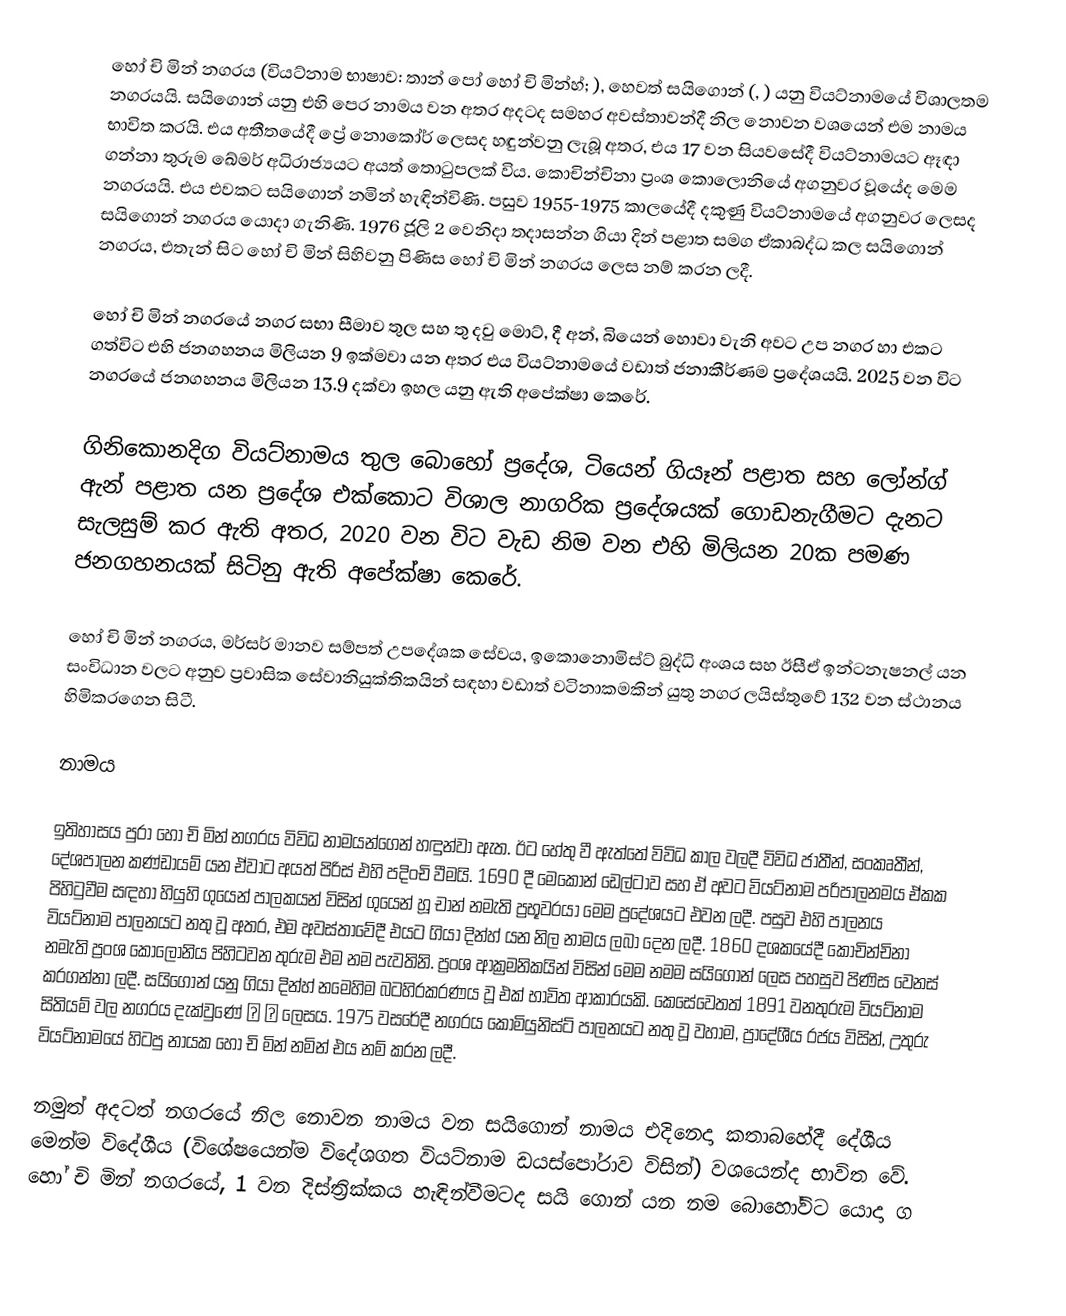
හෝ චි මින් නගරය (වියට්නාම භාෂාව: තාන් පෝ හෝ චි මින්හ්; ), හෙවත් සයිගොන් (, ) යනු වියට්නාමයේ විශාලතම නගරයයි. සයිගොන් යනු එහි පෙර නාමය වන අතර අදටද සමහර අවස්තාවන්දී නිල නොවන වශයෙන් එම නාමය භාවිත කරයි. එය අතීතයේදී ප්‍රේ නොකෝර් ලෙසද හඳුන්වනු ලැබූ අතර, එය 17 වන සියවසේදී වියට්නාමයට ඈඳා ගන්නා තුරුම ඛේමර් අධිරාජ්‍යයට අයත් තොටුපලක් විය. කොචින්චිනා ප්‍රංශ කොලොනියේ අගනුවර වූයේද මෙම නගරයයි. එය එවකට සයිගොන් නමින් හැඳින්විණි. පසුව 1955-1975 කාලයේදී දකුණු වියට්නාමයේ අගනුවර ලෙසද සයිගොන් නගරය යොදා ගැනිණි. 1976 ජූලි 2 වෙනිදා තදාසන්න ගියා දින් පළාත සමග ඒකාබද්ධ කල සයිගොන් නගරය, එතැන් සිට හෝ චි මින් සිහිවනු පිණිස හෝ චි මින් නගරය ලෙස නම් කරන ලදී.

හෝ චි මින් නගරයේ නගර සභා සීමාව තුල සහ තු දවු මොට්, දී අන්, බියෙන් හොවා වැනි අවට උප නගර හා එකට ගත්විට එහි ජනගහනය මිලියන 9 ඉක්මවා යන අතර එය වියට්නාමයේ වඩාත් ජනාකීර්ණම ප්‍රදේශයයි. 2025 වන විට නගරයේ ජනගහනය මිලියන 13.9 දක්වා ඉහල යනු ඇති අපේක්ෂා කෙරේ.

ගිනිකොනදිග වියට්නාමය තුල බොහෝ ප්‍රදේශ, ටියෙන් ගියෑන් පළාත සහ ලෝන්ග් ඇන් පළාත යන ප්‍රදේශ එක්කොට  විශාල නාගරික ප්‍රදේශයක් ගොඩනැගීමට දැනට සැලසුම් කර ඇති අතර, 2020 වන විට වැඩ නිම වන එහි මිලියන 20ක පමණ ජනගහනයක් සිටිනු ඇති අපේක්ෂා කෙරේ.

හෝ චි මින් නගරය, මර්සර් මානව සම්පත් උපදේශක සේවය, ඉකොනොමිස්ට් බුද්ධි අංශය සහ ඊසීඒ ඉන්ටනැෂනල් යන සංවිධාන වලට අනුව ප්‍රවාසික සේවානියුක්තිකයින් සඳහා වඩාත් වටිනාකමකින් යුතු නගර ලයිස්තුවේ 132 වන ස්ථානය හිමිකරගෙන සිටී.

නාමය

ඉතිහාසය පුරා හෝ චි මින් නගරය විවිධ නාමයන්ගෙන් හඳුන්වා ඇත. ඊට හේතු වී ඇත්තේ විවිධ කාල වලදී විවිධ ජාතීන්, සංකෘතීන්, දේශපාලන කණ්ඩායම් යන ඒවාට අයත් පිරිස් එහි පදිංචි වීමයි.  1690 දී මෙකොන් ඩෙල්ටාව සහ ඒ අවට වියට්නාම පරිපාලනමය ඒකක පිහිටුවීම සඳහා හියුහි ගුයෙන් පාලකයන් විසින් ගුයෙන් හූ චාන් නමැති ප්‍රභූවරයා මෙම ප්‍රදේශයට එවන ලදී. පසුව එහි පාලනය වියට්නාම පාලනයට නතු වූ අතර, එම අවස්තාවේදී එයට ගියා දින්හ් යන නිල නාමය ලබා දෙන ලදී. 1860 දශකයේදී කොචින්චිනා නමැති ප්‍රංශ කොලොනිය පිහිටවන තුරුම එම නම පැවතිනි. ප්‍රංශ ආක්‍රමනිකයින් විසින් මෙම නමම සයිගොන් ලෙස පහසුව පිණිස වෙනස් කරගන්නා ලදී. සයිගොන් යනු ගියා දින්හ් නමෙහිම බටහිරකරණය වූ එක් භාවිත ආකාරයකි. කෙසේවෙතත් 1891 වනතුරුම වියට්නාම සිතියම් වල නගරය දැක්වුණේ 嘉 定 ලෙසය. 1975 වසරේදී නගරය කොමියුනිස්ට් පාලනයට නතු වූ වහාම, ප්‍රාදේශීය රජය විසින්, උතුරු වියට්නාමයේ හිටපු නායක හෝ චි මින් නමින් එය නම් කරන ලදී.

නමුත් අදටත් නගරයේ නිල නොවන නාමය වන සයිගොන් නාමය එදිනෙදා කතාබහේදී දේශීය මෙන්ම විදේශීය (විශේෂයෙන්ම විදේශගත වියට්නාම ඩයස්පෝරාව විසින්) වශයෙන්ද භාවිත වේ. හෝ චි මින් නගරයේ, 1 වන දිස්ත්‍රික්කය හැඳින්වීමටද සයි ගොන් යන නම බොහෝවිට යොදා ග